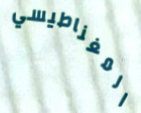
المغناطيسي